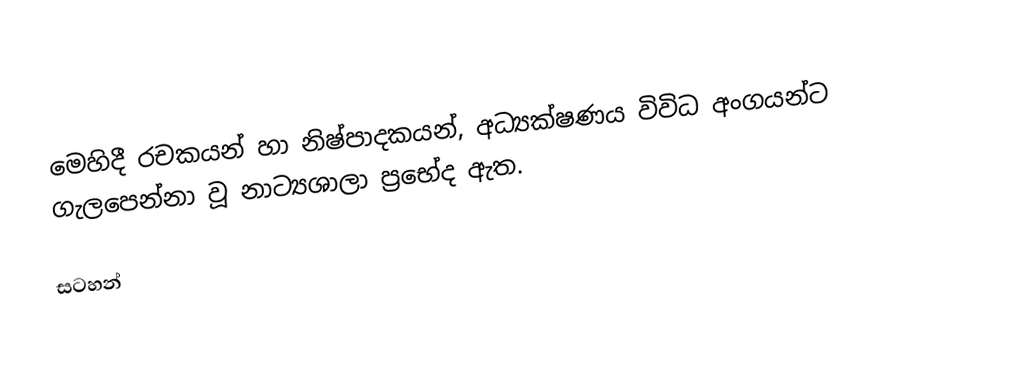
මෙහිදී රචකයන්  හා නිෂ්පාදකයන්, අධ්‍යක්ෂණය විවිධ අංගයන්ට ගැලපෙන්නා වූ නාට්‍යශාලා ප්‍රභේද ඇත.

සටහන්